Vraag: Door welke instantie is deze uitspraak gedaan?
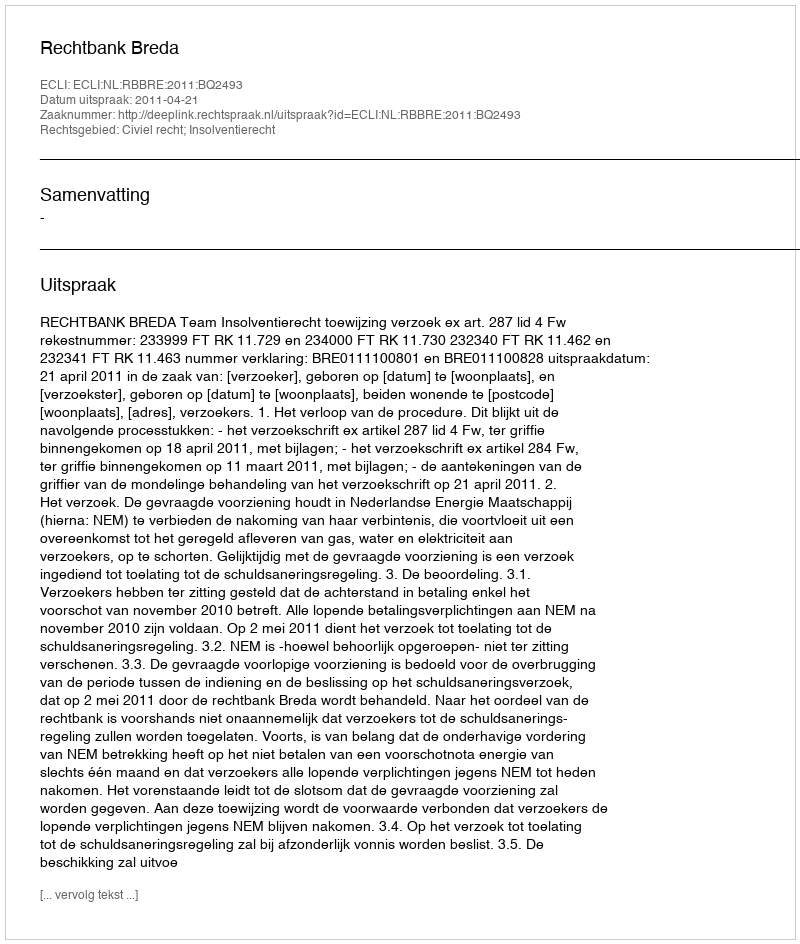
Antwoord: Rechtbank Breda